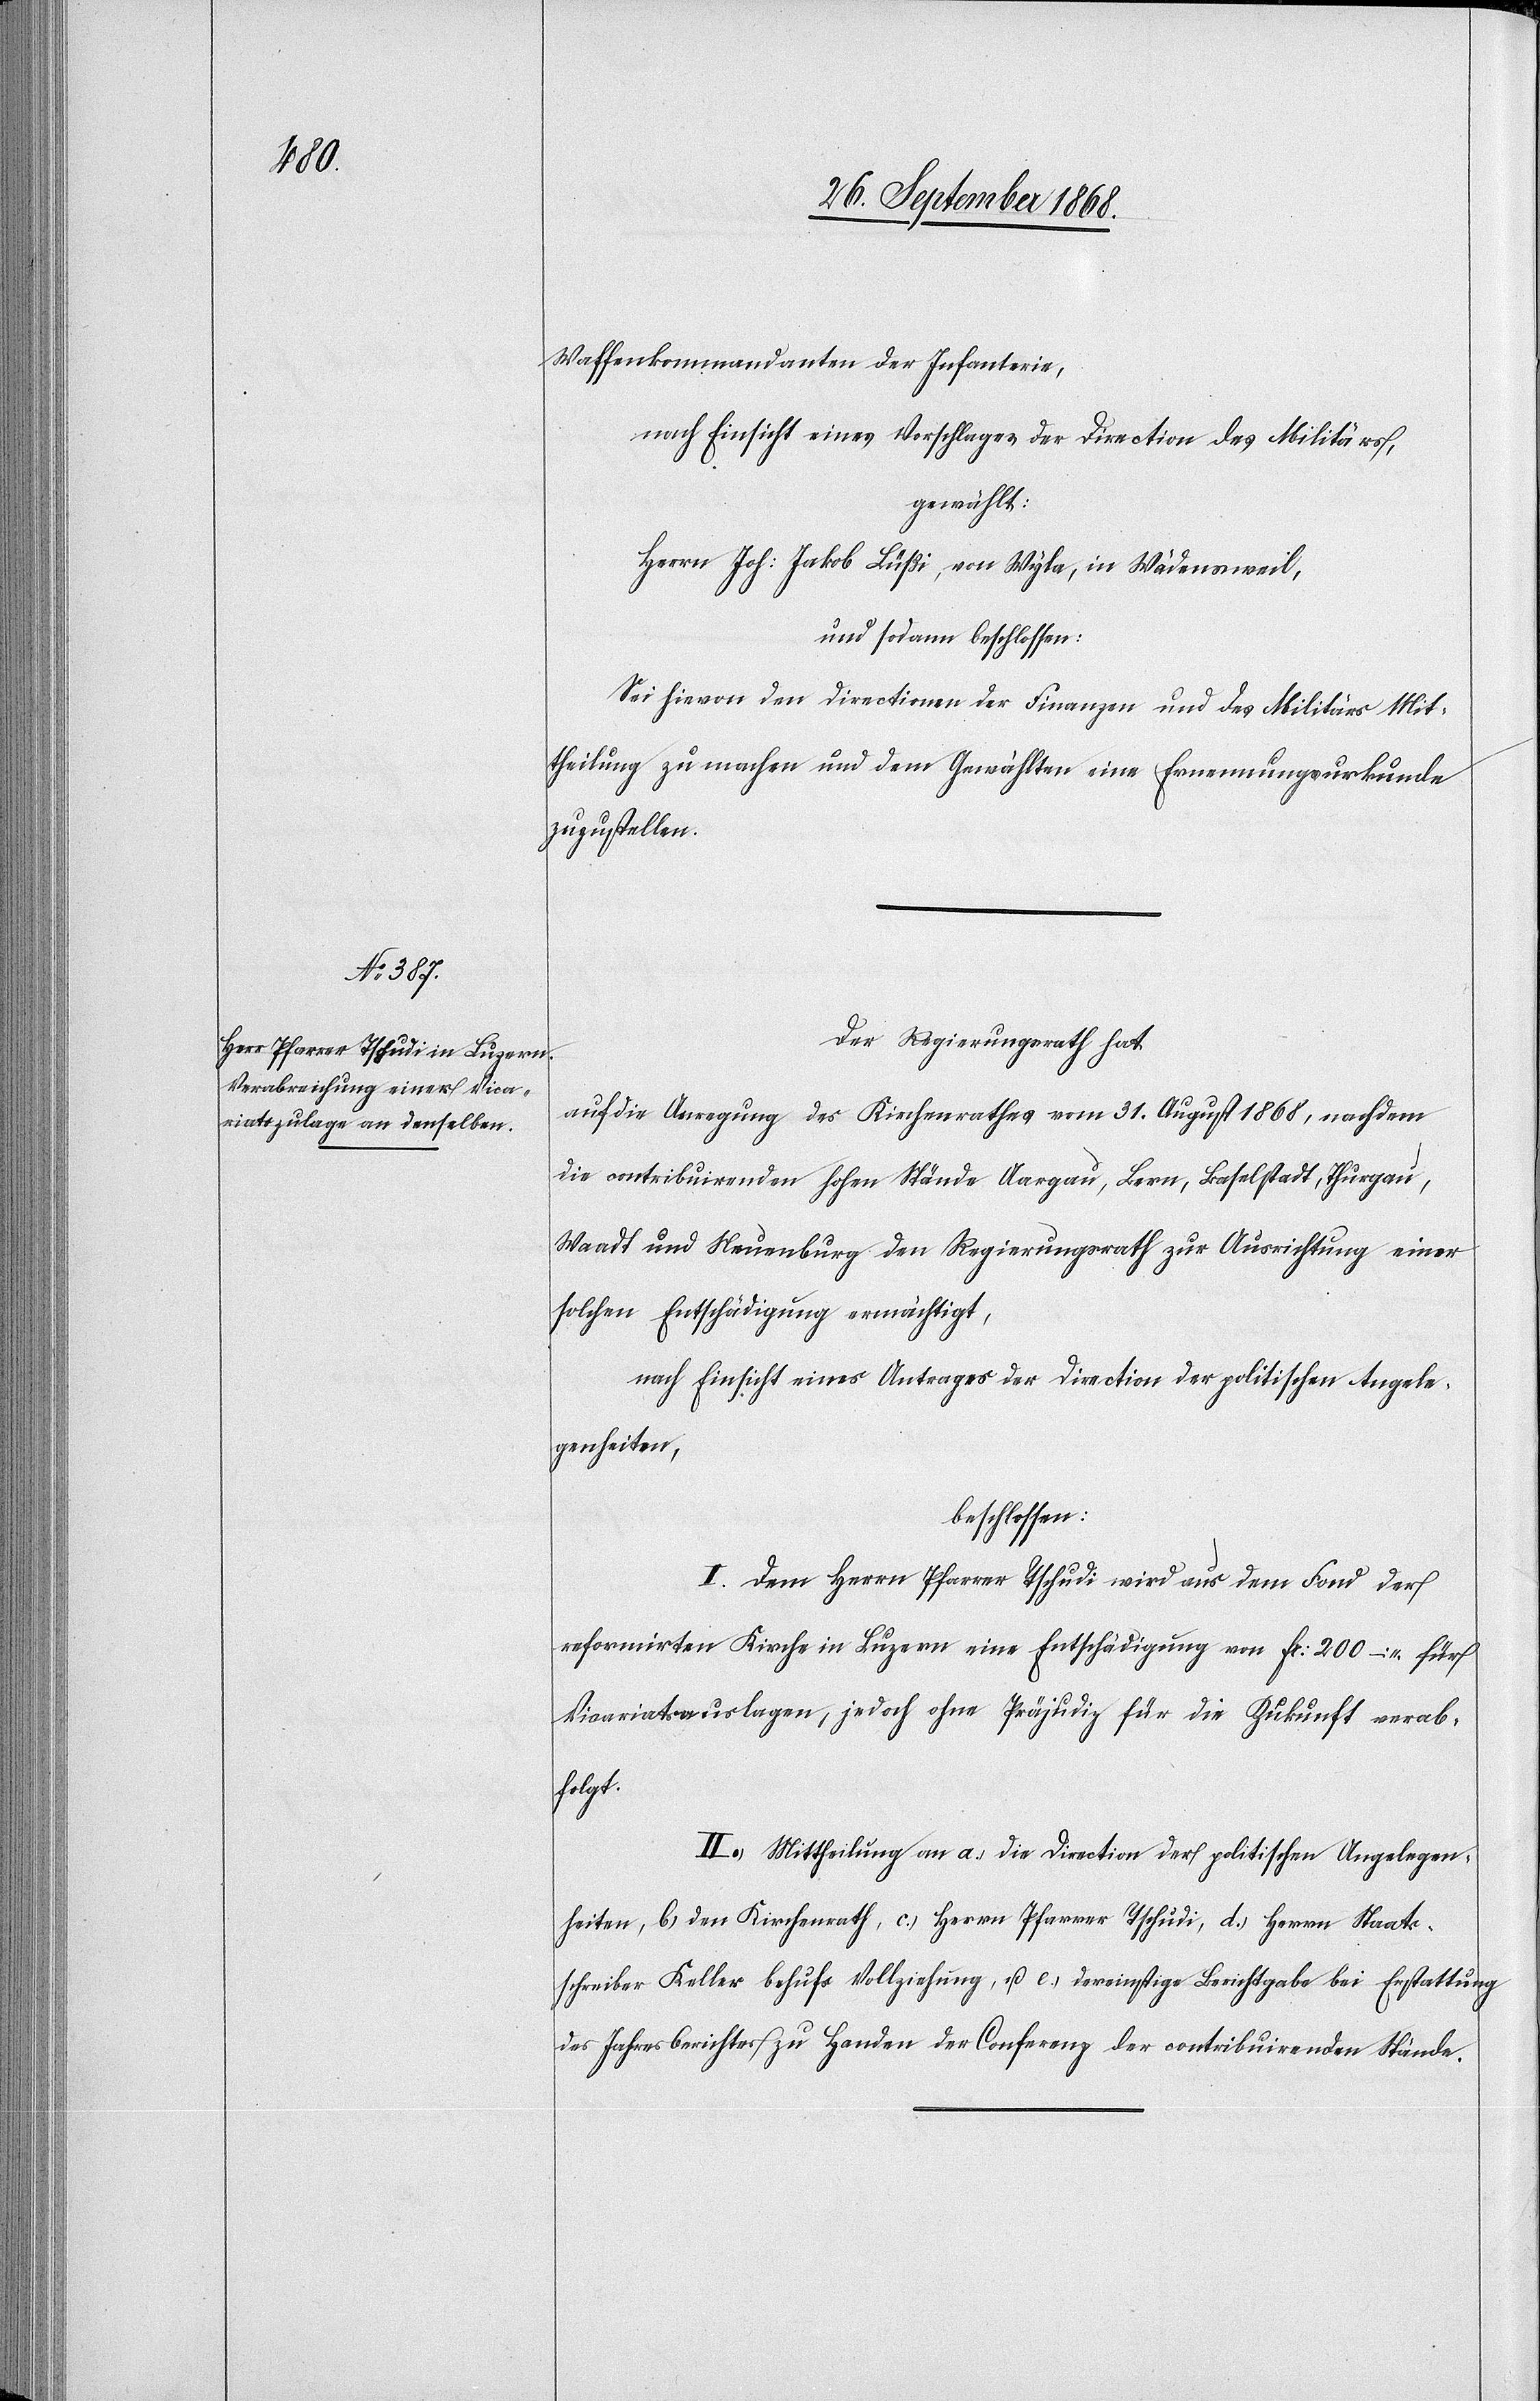
Waffenkommandanten der Infanterie,
nach Einsicht eines Vorschlages der Direction des Militärs,
gewählt:
Herrn Joh: Jakob Lüßi, von Wyla, in Wädensweil,
und sodann beschlossen:
Sei hievon den Directionen der Finanzen und des Militärs Mit¬
theilung zu machen und dem Gewählten eine Ernennungsurkunde
zuzustellen.
Der Regierungsrath hat
auf die Anregung des Kirchenrathes vom 31. August 1868, nachdem
die contribuirenden hohen Stände Aargau, Bern, Baselstadt, Thurgau,
Waadt und Neuenburg den Regierungsrath zur Ausrichtung einer
solchen Entschädigung ermächtigt,
nach Einsicht eines Antrages der Direction der politischen Angele¬
genheiten,
beschlossen:
I. Dem Herrn Pfarrer Tschudi wird aus dem Fond der
reformirten Kirche in Luzern eine Entschädigung von Fr: 200 – für
Vicariatsauslagen, jedoch ohne Präjudiz für die Zukunft verab¬
folgt.
II. Mittheilung an a.) die Direction der politischen Angelegen¬
heiten, b.) den Kirchenrath, c.) Herrn Pfarrer Tschudi, d.) Herrn Staats¬
schreiber Keller behufs Vollziehung, u. e.) dereinstige Berichtgabe bei Erstattung
des Jahresberichtes zu Handen der Conferenz der contribuirenden Stände.